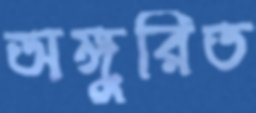
অঙ্গুরিত